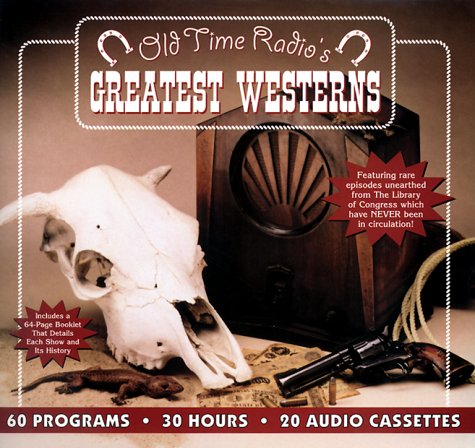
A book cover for Old Time Radio's Greatest Westerns (Smithsonian Historical Performances); Radio Spirits; Humor & Entertainment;